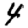
Digit: 4